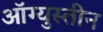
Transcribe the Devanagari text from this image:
ऑग्युस्तीन